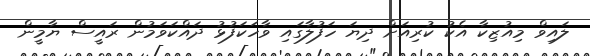
ލައިވް މިއުޒިކާ އެކު ކުރިއަށް ދިޔަ ހަފުލާގައި ވާހަކަފުޅު ދައްކަވަމުން ރައީސް ޔާމީން